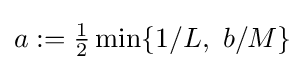
a:={\tfrac {1}{2}}\min\{1/L,\ b/M\}